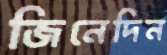
জিনেদিন